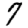
Digit: 7